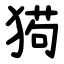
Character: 㺃